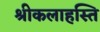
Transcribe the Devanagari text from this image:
श्रीकलाहस्ति